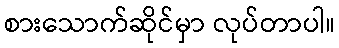
စားသောက်ဆိုင်မှာ လုပ်တာပါ။